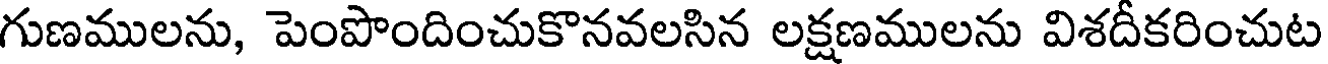
గుణములను, పెంపొందించుకొనవలసిన లక్షణములను విశదీకరించుట